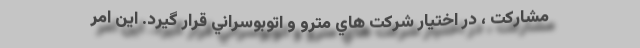
مشاركت ، در اختيار شركت هاي مترو و اتوبوسراني قرار گيرد. اين امر